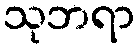
သုဘရာ